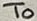
Text: To